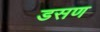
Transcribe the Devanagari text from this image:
डसण